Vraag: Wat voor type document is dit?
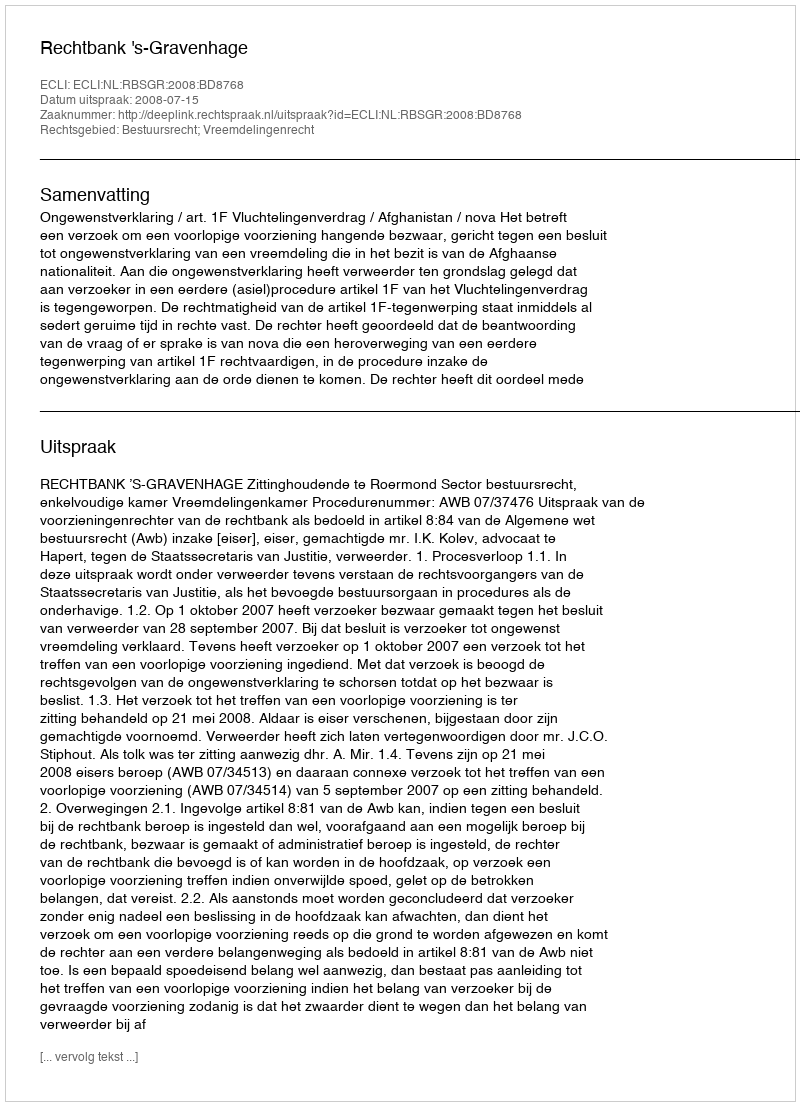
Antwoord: Uitspraak